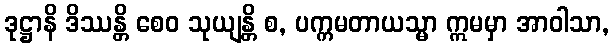
ဒုဋ္ဌာနိ ဒိဿန္တိ စေဝ သုယျန္တိ စ, ပက္ကမတာယသ္မာ ဣမမှာ အာဝါသာ,